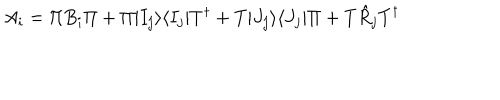
LaTeX: A _ { i } = \Pi B _ { i } \Pi + \Pi | I _ { j } \rangle \langle I _ { j } | T ^ { \dagger } + T | J _ { j } \rangle \langle J _ { j } | \Pi + T \hat { R } _ { j } T ^ { \dagger }